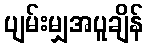
ပျမ်းမျှအပူချိန်